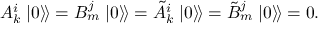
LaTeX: A _ { k } ^ { i } \left. \left| 0 \right\rangle \! \right\rangle = B _ { m } ^ { j } \left. \left| 0 \right\rangle \! \right\rangle = \tilde { A } _ { k } ^ { i } \left. \left| 0 \right\rangle \! \right\rangle = \tilde { B } _ { m } ^ { j } \left. \left| 0 \right\rangle \! \right\rangle = 0 .